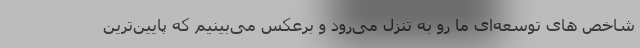
شاخص های توسعه‌ای ما رو به تنزل می‌رود و برعکس می‌بینیم که پایین‌ترین